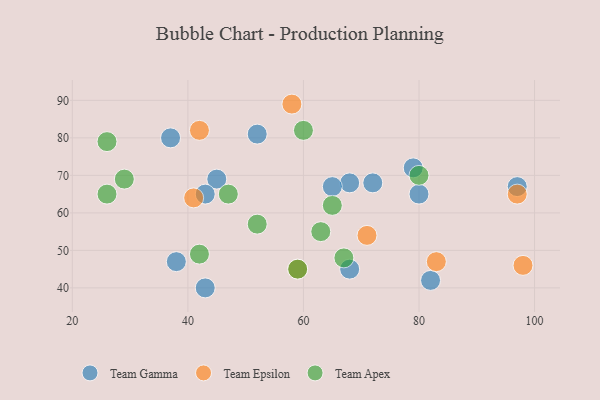
{"axis": {"x": "GDP", "y": "Life Expectancy"}, "legend": ["Team Apex", "Team Epsilon", "Team Gamma"], "data": [{"x": "80", "y": 65, "type": "Team Gamma"}, {"x": "45", "y": 69, "type": "Team Gamma"}, {"x": "97", "y": 67, "type": "Team Gamma"}, {"x": "38", "y": 47, "type": "Team Gamma"}, {"x": "43", "y": 65, "type": "Team Gamma"}, {"x": "79", "y": 72, "type": "Team Gamma"}, {"x": "82", "y": 42, "type": "Team Gamma"}, {"x": "43", "y": 40, "type": "Team Gamma"}, {"x": "37", "y": 80, "type": "Team Gamma"}, {"x": "52", "y": 81, "type": "Team Gamma"}, {"x": "68", "y": 45, "type": "Team Gamma"}, {"x": "68", "y": 68, "type": "Team Gamma"}, {"x": "65", "y": 67, "type": "Team Gamma"}, {"x": "72", "y": 68, "type": "Team Gamma"}, {"x": "59", "y": 45, "type": "Team Epsilon"}, {"x": "98", "y": 46, "type": "Team Epsilon"}, {"x": "58", "y": 89, "type": "Team Epsilon"}, {"x": "97", "y": 65, "type": "Team Epsilon"}, {"x": "83", "y": 47, "type": "Team Epsilon"}, {"x": "71", "y": 54, "type": "Team Epsilon"}, {"x": "41", "y": 64, "type": "Team Epsilon"}, {"x": "42", "y": 82, "type": "Team Epsilon"}, {"x": "26", "y": 79, "type": "Team Apex"}, {"x": "60", "y": 82, "type": "Team Apex"}, {"x": "67", "y": 48, "type": "Team Apex"}, {"x": "80", "y": 70, "type": "Team Apex"}, {"x": "42", "y": 49, "type": "Team Apex"}, {"x": "52", "y": 57, "type": "Team Apex"}, {"x": "59", "y": 45, "type": "Team Apex"}, {"x": "47", "y": 65, "type": "Team Apex"}, {"x": "63", "y": 55, "type": "Team Apex"}, {"x": "65", "y": 62, "type": "Team Apex"}, {"x": "29", "y": 69, "type": "Team Apex"}, {"x": "26", "y": 65, "type": "Team Apex"}]}